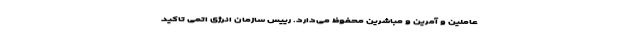
عاملین و آمرین و مباشرین محفوظ می‌دارد. رییس سازمان انرژی اتمی تاکید